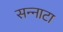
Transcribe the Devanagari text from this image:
सन्‍नाटा